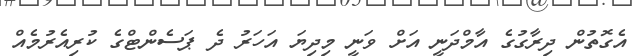
އެގޮތުން ދިރާގުގެ އާމްދަނީ އަށް ވަނީ މިދިޔަ އަހަރު ދެ ޕަސެންޓްގެ ކުރިއެރުމެއް